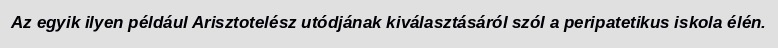
Az egyik ilyen például Arisztotelész utódjának kiválasztásáról szól a peripatetikus iskola élén.